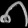
Digit: ၈